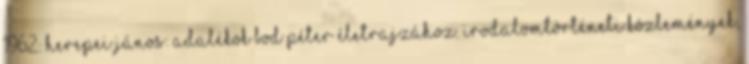
1962: Herepei János: Adalékok Bod Péter életrajzához. Irodalomtörténeti közlemények,